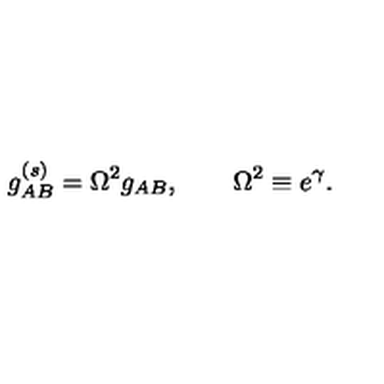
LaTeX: g _ { A B } ^ { ( s ) } = \Omega ^ { 2 } g _ { A B } , \qquad \Omega ^ { 2 } \equiv e ^ { \gamma } .